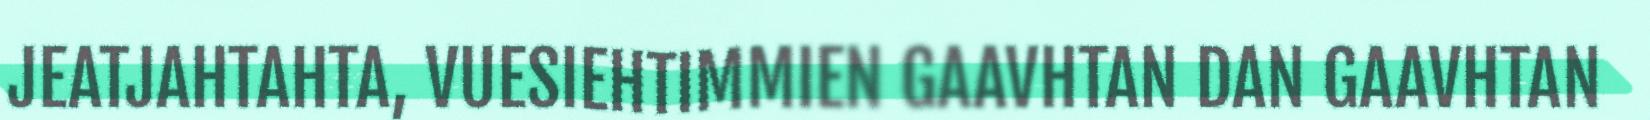
JEATJAHTAHTA, VUESIEHTIMMIEN GAAVHTAN DAN GAAVHTAN